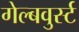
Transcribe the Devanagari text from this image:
गेल्बवुर्स्ट